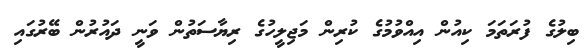
ބިލުގެ ފުރަތަމަ ކިއުން އިއްވުމުގެ ކުރިން މަޖިލީހުގެ ރިޔާސަތުން ވަނީ ދައުރުން ބޭރުގައި